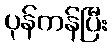
ပုန်ကန်ပြီး